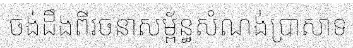
ចង់ដឹងពីរចនាសម្ព័ន្ធសំណង់ប្រាសាទ